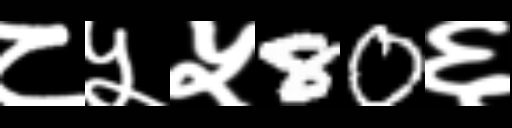
Text: ८५५80६